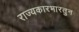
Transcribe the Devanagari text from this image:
राज्यकारभारतुन